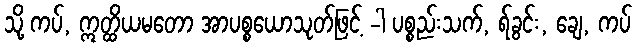
သို့ ကပ်, ဣတ္ထိယမတော အာပစ္စယောသုတ်ဖြင့် -ါ ပစ္စည်းသက်, ရ်ခွင်း, ချေ, ကပ်